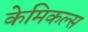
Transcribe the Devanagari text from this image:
केमिकल्‍स